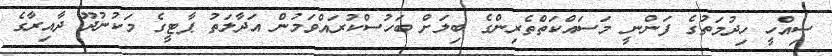
ސިއްހީ ހިދުމަތުގެ ފަންނީ މަސައްކަތްތެރިންގެ ބިލަށް ބަހުސްކުރައްވަމުން އަދާލަތު ޕާޓީގެ މަކުނުދޫ ދާއިރާގެ